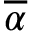
\boldsymbol { { \overline { { \alpha } } } }